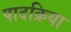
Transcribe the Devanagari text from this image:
पादक्रिया